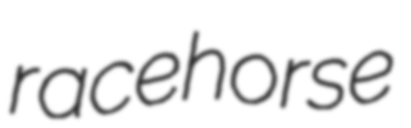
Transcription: racehorse